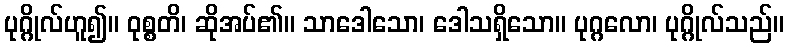
ပုဂ္ဂိုလ်ဟူ၍။ ဝုစ္စတိ၊ ဆိုအပ်၏။ သာဒေါသော၊ ဒေါသရှိသော။ ပုဂ္ဂလော၊ ပုဂ္ဂိုလ်သည်။